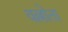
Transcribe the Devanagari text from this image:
वल्लोता